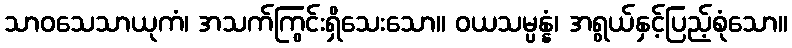
သာဝသေသာယုကံ၊ အသက်ကြွင်းရှိသေးသော။ ဝယသမ္ပန္နံ၊ အရွယ်နှင့်ပြည့်စုံသော။